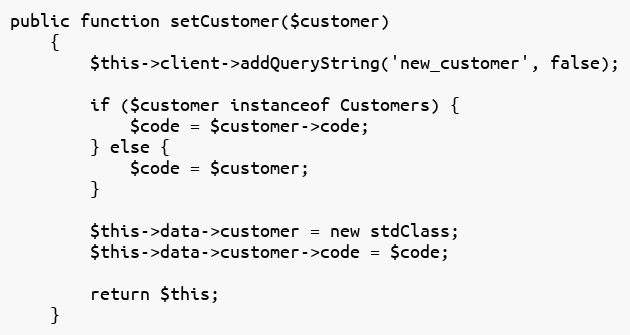
Language: PHP
public function setCustomer($customer)
    {
        $this->client->addQueryString('new_customer', false);

        if ($customer instanceof Customers) {
            $code = $customer->code;
        } else {
            $code = $customer;
        }

        $this->data->customer = new stdClass;
        $this->data->customer->code = $code;

        return $this;
    }